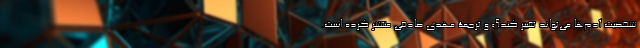
شخصیت آدم‌ها می‌تواند تغییر کند؟» و ترجمۀ مهدی صادقی منتشر کرده است.